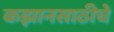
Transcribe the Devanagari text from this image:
कझानसाठीचे